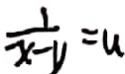
\frac { 1 } { x - y } = u